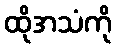
ထိုအသံကို